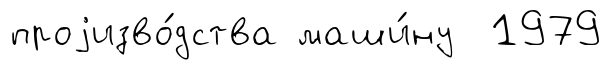
проjизво́дства маши́ну 1979